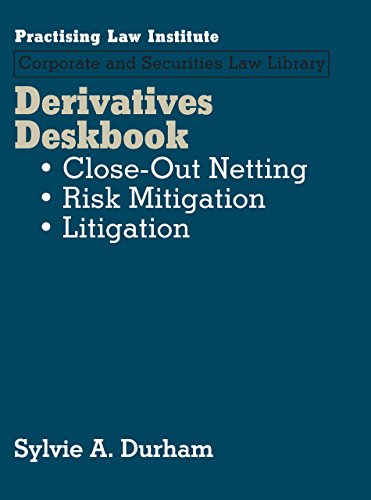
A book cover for Derivatives Deskbook: Close-Out Nettings, Risk Mitigation, Litigation (2 Volume Set) (Practising Law Institute Corportate and Securities Law Library); Sylvie A. Durham; Law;